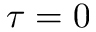
\tau = 0